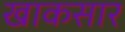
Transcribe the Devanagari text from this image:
खाकसार